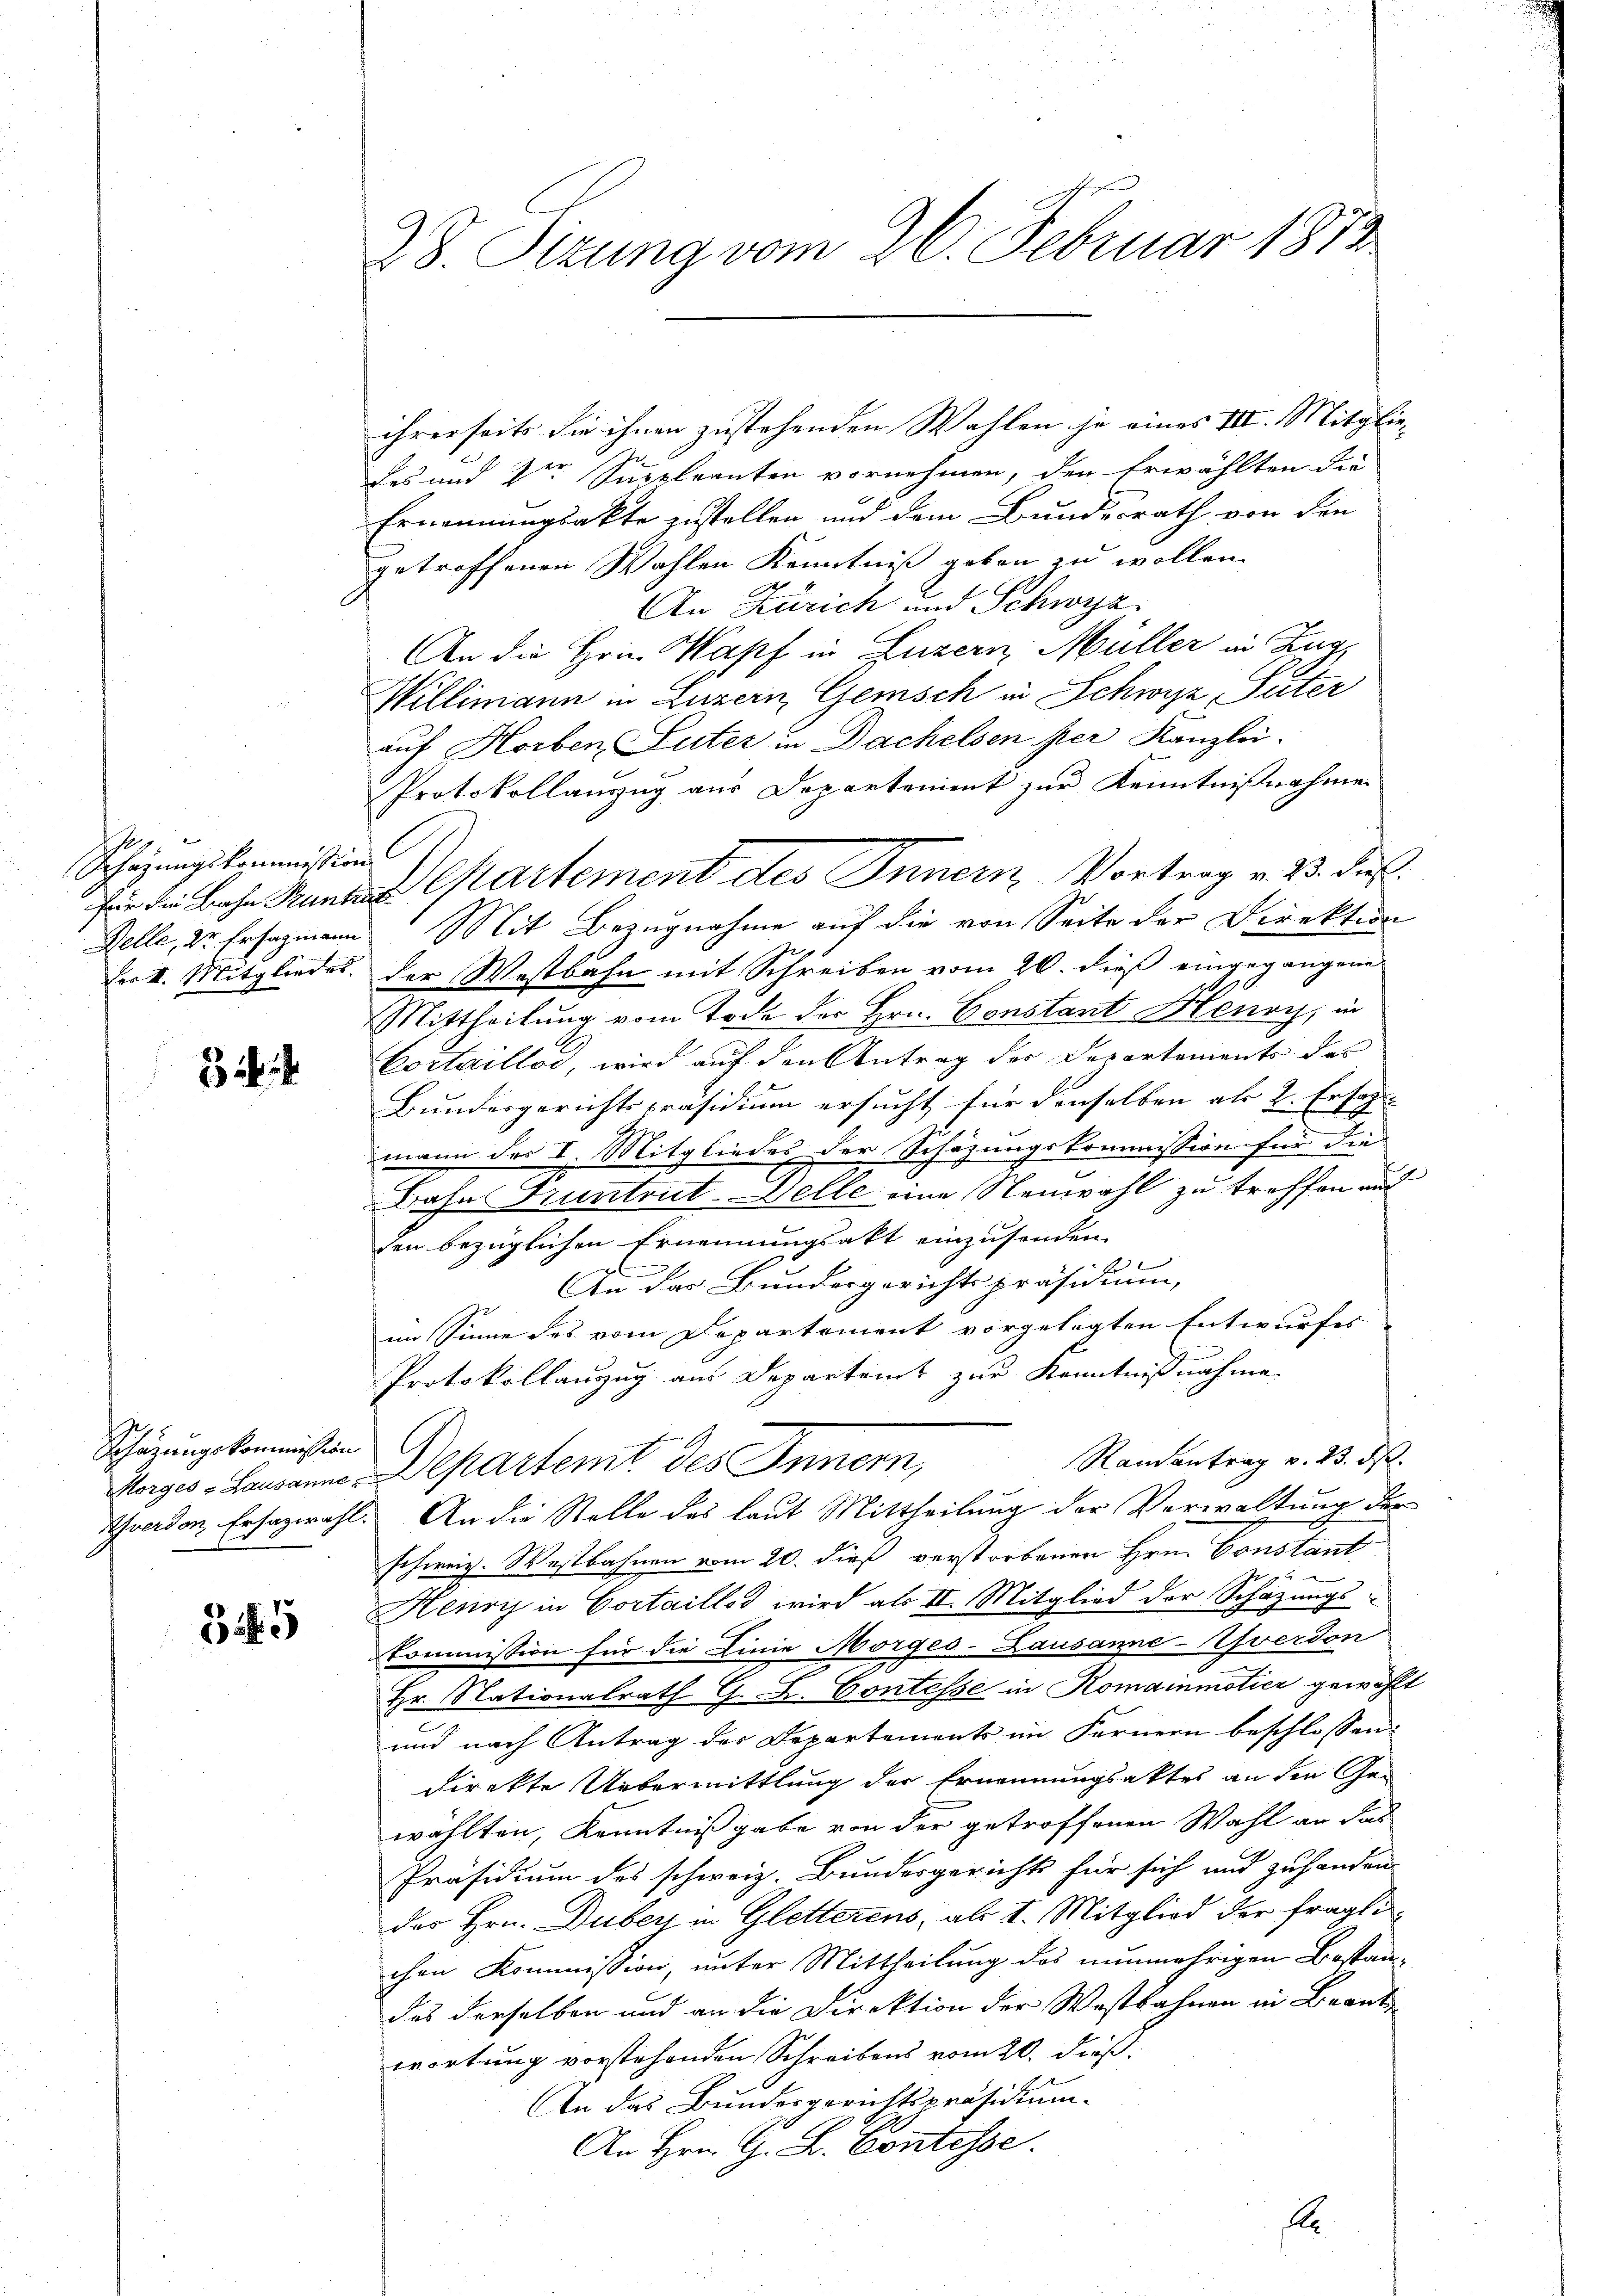
Ihr
Schazungskommission

3

Schätzungskommission

5

28. Sizung vom 26. Februar 1813.

ihrerseits die ihnen zustehenden Wahlen je eines III. Mitgliedes und der Suppleanten vornehmen, den Erwählten die
Ernennungsakte zustellen und dem Bundesrath von den
getroffenen Wahlen Kenntniß geben zu wollen
An Zürich und Schwyz.
An die Hrn. Kapf in Luzern Müller in Zug,
Willimann in Luzern, Gemisch in Schwyz, Suter
auf Horben Suter in Dachelsen per Kanzlei.
Protokollauszug aus Departement zur Kenntnißnahme
Delle, dr Ersagmann Mit Bezugnahme auf die von Seite der Direktion
fer II. Mitgliedes. Der Westbahn mit Schreiben vom 20. dieß eingegangene
Mittheilung vom Tode der Hrn. Constant Henry, in
Cortaillos, wird auf den Antrag des Departements des
Bundesgerichtspräsidium ersucht für denselben als 2. Ersat
A
mann des I. Mitgliedes der Schazungskommission für die
2
Bahn Truntrict-Gelle eine Neuwahl zu treffen und
den bezüglichen Ernennungsakt einzusenden.
x
g
An das Bundesgerichtspräsidium,
e
im Sinne des vom Departement vorgelegten Entwurfes
Protokollauzug aus Departamt zur Kenntnißnahme.
Randantrag v. 23. ds.
Horges - Lausanne Departemt des Innern,
Twerden Ersazwahl. An die Stelle des laut Mittheilung der Verwaltung der
schweiz. Westbahnen vom 20. dieß verstorbenen Hrn. Constant
Henry in Cortaillos wird als II. Mitglied der Schäzungs-
Commission für die Linie Morges-Lausanne-Yverdon
Hr. Nationalrath G. B. Contesse in Komainmotier gewählt
c
und nach Antrag der Departements im Fernern beschlossen:
direkte Uebermittlung der Ernennungsaktes an den Ge-
wählten, Kenntnißgabe von der getroffenen Wahl an das
Präsidium des schweiz. Bundesgerichts für sich und zuhanden
des Hrn. Duber in Gletterens, als I. Mitglied der fraglichen Kommission, unter Mittheilung des nunmehrigen Bestandes derselben und an die Direktion der Westbahnen in Beant
wortung vorstehenden Schreibens vom 20. dieß.
In das Bundesgerichtspräsidium.
An Hrn. G. B. Contesse.

für die Bahn Kunde Cartement des Innern, Vortrag v. 2. Fuß.